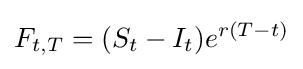
F_{t,T}=(S_{t}-I_{t})e^{r(T-t)}